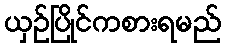
ယှဉ်ပြိုင်ကစားရမည်